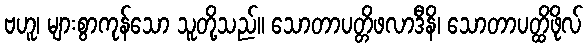
ဗဟူ၊ များစွာကုန်သော သူတို့သည်။ သောတာပတ္တိဖလာဒီနိ၊ သောတာပတ္ထိဖိုလ်